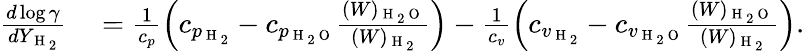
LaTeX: \begin{array}{rl}{\frac{d\log\gamma}{dY_{\mathrm{~H~}_{2}}}}&{{}=\frac{1}{c_{p}}\left(c_{p_{\mathrm{~H~}_{2}}}-c_{p_{\mathrm{~H~}_{2}\mathrm{~O~}}}\frac{(W)_{\mathrm{~H~}_{2}\mathrm{~O~}}}{(W)_{\mathrm{~H~}_{2}}}\right)-\frac{1}{c_{v}}\left(c_{v_{\mathrm{~H~}_{2}}}-c_{v_{\mathrm{~H~}_{2}\mathrm{~O~}}}\frac{(W)_{\mathrm{~H~}_{2}\mathrm{~O~}}}{(W)_{\mathrm{~H~}_{2}}}\right).}\end{array}